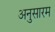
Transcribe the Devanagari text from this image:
अनुसारम